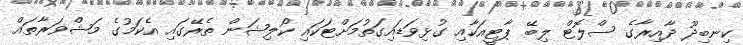
ކިނބިދޫ ދާއިރާގެ ސްލޮޓް ލިބޭ ޕާޓީއަކާއި ގުޅިވަޑައިގަތުމަށްޓަކައި ކޯލިޝަން ތެރޭގައި އެކަމުގެ މަޝްވަރާތައް